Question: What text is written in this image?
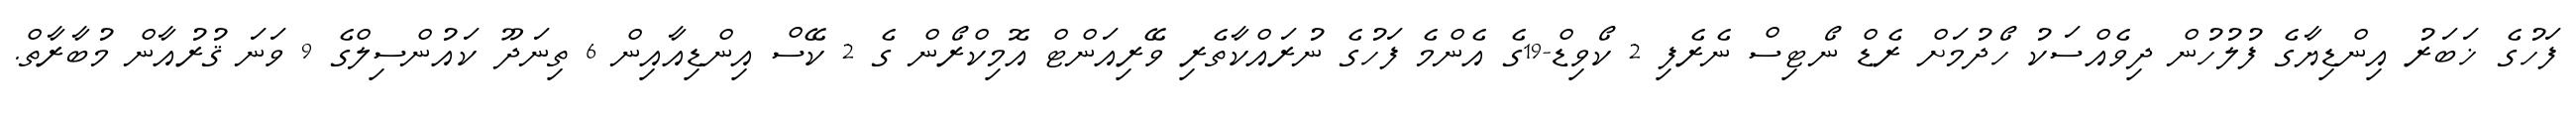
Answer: ފަހުގެ ޚަބަރު އިންޑިޔާގެ ފުލުހުން ދިވެއްސަކު ހޯދުމަށް ރެޑް ނޯޓިސް ނެރެފި 2 ކޯވިޑް-19ގެ އެންމެ ފަހުގެ ނުރައްކާތެރި ވޭރިއަންޓް އޮމިކްރޯން ގެ 2 ކޭސް އިންޑިއާއިން 6 ތިނަދޫ ކައުންސިލްގެ 9 ވަނަ ޤުރުއާން މުބާރާތް.